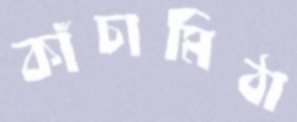
কাঁচামিঠা